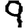
Digit: 9